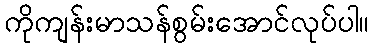
ကိုကျန်းမာသန်စွမ်းအောင်လုပ်ပါ။